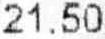
21.50